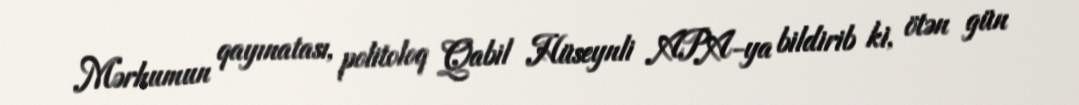
Mərhumun qayınatası, politoloq Qabil Hüseynli APA-ya bildirib ki, ötən gün